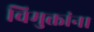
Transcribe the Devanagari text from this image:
विमुक्तांना